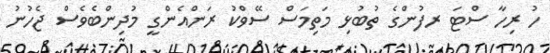
ހު ރިހާ ސްޓަ ރފުންގެ ތުބުޅި މަތިމަަސް ސޭވްކު ރަންއެންގީ މުދިންބެވެސް ޖެހުނު